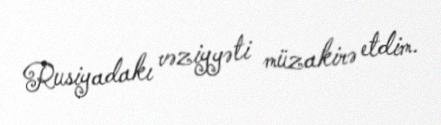
Rusiyadakı vəziyyəti müzakirə etdim.